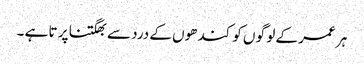
ہر عمر کے لو گو ں کو کند ھوں کے درد سے بھگتنا پر تا ہے ۔